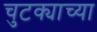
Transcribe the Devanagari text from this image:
चुटक्याच्या